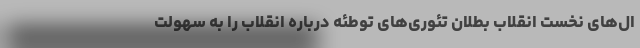
ال‌های نخست انقلاب بطلان تئوری‌های توطئه درباره انقلاب را به سهولت